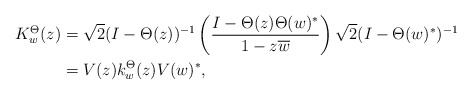
\begin{align*}K_w ^{\Theta } (z) & = \sqrt{2} (I-\Theta (z) ) ^{-1} \left( \frac{I - \Theta (z) \Theta (w) ^* }{1 - z \overline{w} } \right) \sqrt{2} (I - \Theta (w) ^* ) ^{-1}\\& = V(z) k_w ^\Theta (z) V(w) ^*,\end{align*}